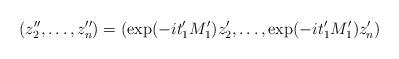
LaTeX: \begin{align*}(z''_2, \ldots, z''_n) = (\exp(-it'_1 M'_1)z'_2, \ldots,\exp(-it'_1 M'_1)z'_n)\end{align*}